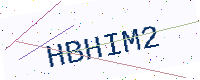
Text: HBHIM2